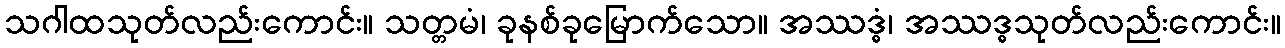
သဂါထသုတ်လည်းကောင်း။ သတ္တမံ၊ ခုနစ်ခုမြောက်သော။ အဿဒ္ဓံ၊ အဿဒ္ဓသုတ်လည်းကောင်း။